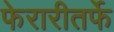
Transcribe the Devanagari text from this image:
फेरारीतर्फे